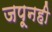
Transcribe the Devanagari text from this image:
जपूनही